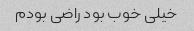
خیلی خوب بود راضی بودم